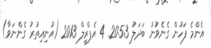
އެންމެ ފަހުން ގެނެވުނު ބަދަލު 20:53